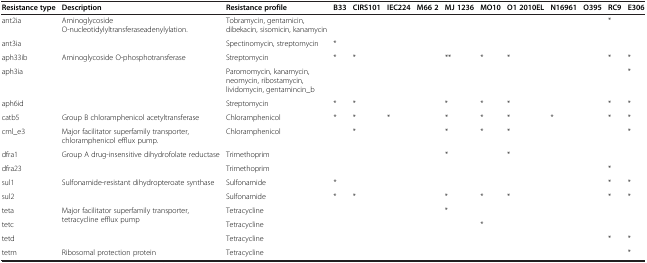
| Resistance type | Description | Resistance profile | B33 | CIRS101 | IEC224 | M66 2 | MJ 1236 | MO10 | O1 2010EL | N16961 | O395 | RC9 | E306 |
 | --- | --- | --- | --- | --- | --- | --- | --- | --- | --- | --- | --- | --- | --- |
 | ant2ia | <ROWSPAN=2> Aminoglycoside O-nucleotidylyltransferaseadenylylation. | Tobramycin, gentamicin, dibekacin, sisomicin, kanamycin |  |  |  |  |  |  |  |  |  | * |  |
 | ant3ia | Spectinomycin, streptomycin | * |  |  |  |  |  |  |  |  |  |  |
 | aph33ib | <ROWSPAN=3> Aminoglycoside O-phosphotransferase | Streptomycin | * | * |  |  | ** | * | * |  |  | * | * |
 | aph3ia | Paromomycin, kanamycin, neomycin, ribostamycin, lividomycin, gentamincin_b |  |  |  |  |  |  |  |  |  |  | * |
 | aph6id | Streptomycin | * | * |  |  | * | * | * |  |  | * | * |
 | catb5 | Group B chloramphenicol acetyltransferase | Chloramphenicol | * | * | * |  | * | * | * | * |  | * | * |
 | cml_e3 | Major facilitator superfamily transporter, chloramphenicol efflux pump. | Chloramphenicol |  | * |  |  | * | * | * |  |  |  | * |
 | dfra1 | <ROWSPAN=2> Group A drug-insensitive dihydrofolate reductase | Trimethoprim |  |  |  |  | * |  | * |  |  |  |  |
 | dfra23 | Trimethoprim |  |  |  |  |  |  |  |  |  | * |  |
 | sul1 | <ROWSPAN=2> Sulfonamide-resistant dihydropteroate synthase | Sulfonamide | * |  |  |  |  |  |  |  |  | * | * |
 | sul2 | Sulfonamide | * | * |  |  | * | * | * |  |  | * | * |
 | teta | <ROWSPAN=3> Major facilitator superfamily transporter, tetracycline efflux pump | Tetracycline |  |  |  |  | * |  |  |  |  |  |  |
 | tetc | Tetracycline |  |  |  |  |  | * |  |  |  |  |  |
 | tetd | Tetracycline |  |  |  |  |  |  |  |  |  | * | * |
 | tetm | Ribosomal protection protein | Tetracycline |  |  |  |  |  |  |  |  |  |  | * |